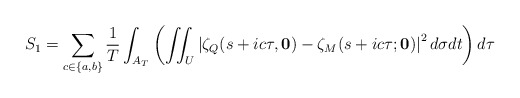
\begin{align*}S_1=\sum_{c\in\{a,b\}}\frac{1}{T}\int_{A_T}\left(\iint_U \left|\zeta_Q(s+ic\tau,\mathbf{0})-\zeta_M(s+ic\tau;\mathbf{0})\right|^2 d\sigma dt\right)d\tau\end{align*}